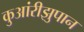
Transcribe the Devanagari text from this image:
कुआंरीझुपान